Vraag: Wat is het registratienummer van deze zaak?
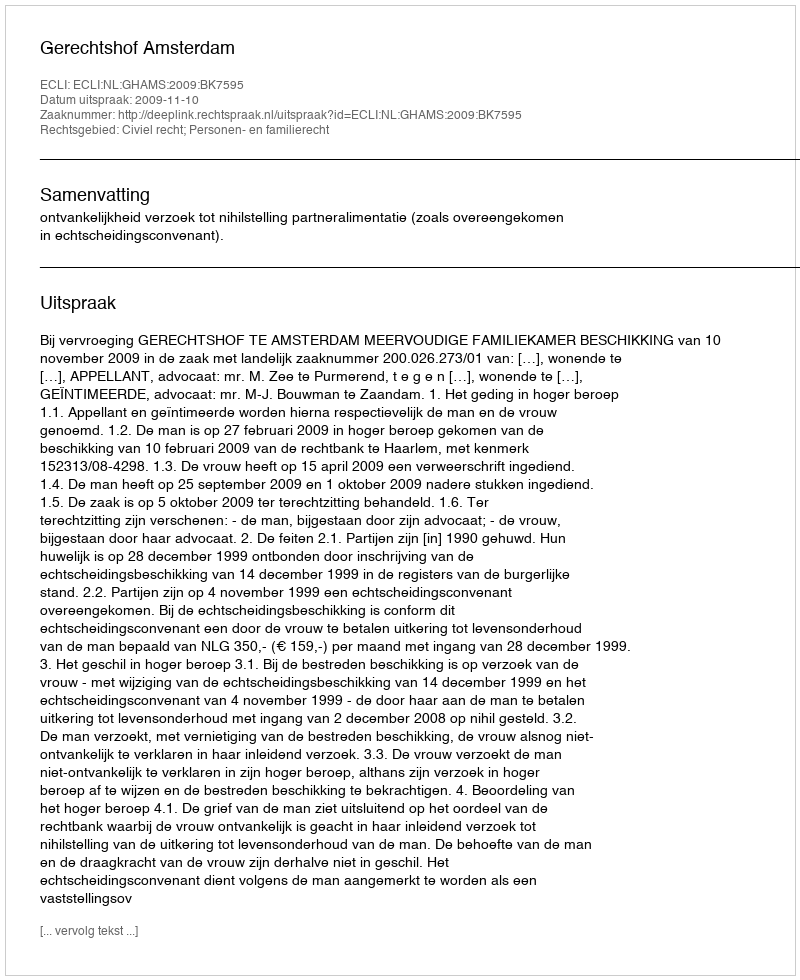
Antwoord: http://deeplink.rechtspraak.nl/uitspraak?id=ECLI:NL:GHAMS:2009:BK7595